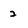
Character: 2